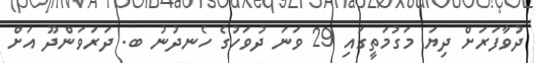
ދުވާފަރަށް ދިޔަ މަގުމަތީގައި 29 ވަނަ ދުވަހުގެ ހެނދުނު ބ. ދަރަވަންދޫ އަށް